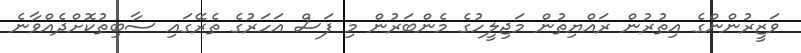
ވަޒީރުންންގެ އިތުރުން ރައްޔިތުން މަޖިލީހުގެ މެންބަރުން މި ފަސް އަހަރުގެ ތެރޭގައި ސާބިތުކޮށްދެއްވާނެ